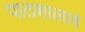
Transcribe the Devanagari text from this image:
पाठशालायें